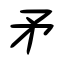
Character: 矛